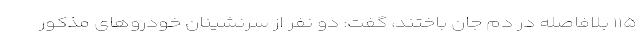
۱۱۵ بلافاصله در دم جان باختند، گفت: دو نفر از سرنشینان خودروهای مذکور